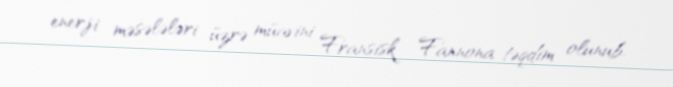
enerji məsələləri üzrə müavini Fransisk Fannona təqdim olunub.